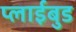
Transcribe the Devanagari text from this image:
प्लाईबुड